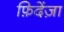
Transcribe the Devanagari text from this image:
फ़िदेंज़ा